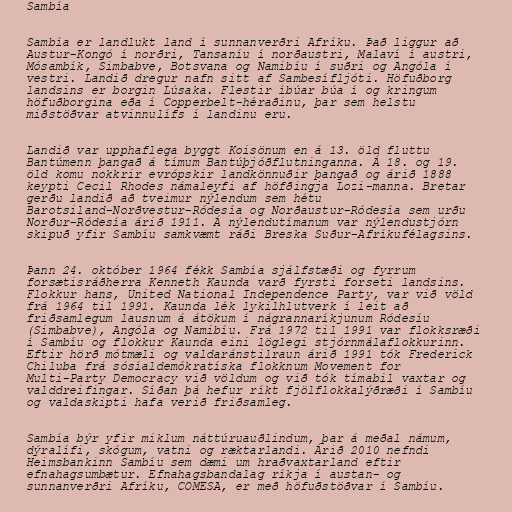
Sambía

Sambía er landlukt land í sunnanverðri Afríku. Það liggur að
Austur-Kongó í norðri, Tansaníu í norðaustri, Malaví í austri,
Mósambík, Simbabve, Botsvana og Namibíu í suðri og Angóla í
vestri. Landið dregur nafn sitt af Sambesífljóti. Höfuðborg
landsins er borgin Lúsaka. Flestir íbúar búa í og kringum
höfuðborgina eða í Copperbelt-héraðinu, þar sem helstu
miðstöðvar atvinnulífs í landinu eru.

Landið var upphaflega byggt Koisönum en á 13. öld fluttu
Bantúmenn þangað á tímum Bantúþjóðflutninganna. Á 18. og 19.
öld komu nokkrir evrópskir landkönnuðir þangað og árið 1888
keypti Cecil Rhodes námaleyfi af höfðingja Lozi-manna. Bretar
gerðu landið að tveimur nýlendum sem hétu
Barotsiland-Norðvestur-Ródesía og Norðaustur-Ródesía sem urðu
Norður-Ródesía árið 1911. Á nýlendutímanum var nýlendustjórn
skipuð yfir Sambíu samkvæmt ráði Breska Suður-Afríkufélagsins.

Þann 24. október 1964 fékk Sambía sjálfstæði og fyrrum
forsætisráðherra Kenneth Kaunda varð fyrsti forseti landsins.
Flokkur hans, United National Independence Party, var við völd
frá 1964 til 1991. Kaunda lék lykilhlutverk í leit að
friðsamlegum lausnum á átökum í nágrannaríkjunum Ródesíu
(Simbabve), Angóla og Namibíu. Frá 1972 til 1991 var flokksræði
í Sambíu og flokkur Kaunda eini löglegi stjórnmálaflokkurinn.
Eftir hörð mótmæli og valdaránstilraun árið 1991 tók Frederick
Chiluba frá sósíaldemókratíska flokknum Movement for
Multi-Party Democracy við völdum og við tók tímabil vaxtar og
valddreifingar. Síðan þá hefur ríkt fjölflokkalýðræði í Sambíu
og valdaskipti hafa verið friðsamleg.

Sambía býr yfir miklum náttúruauðlindum, þar á meðal námum,
dýralífi, skógum, vatni og ræktarlandi. Árið 2010 nefndi
Heimsbankinn Sambíu sem dæmi um hraðvaxtarland eftir
efnahagsumbætur. Efnahagsbandalag ríkja í austan- og
sunnanverðri Afríku, COMESA, er með höfuðstöðvar í Sambíu.